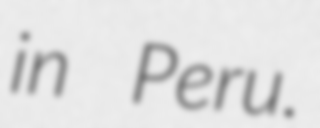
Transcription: in Peru.